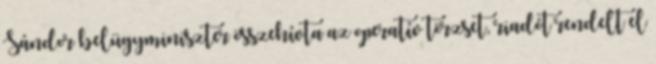
Sándor belügyminiszter összehívta az operatív törzset, riadót rendelt el